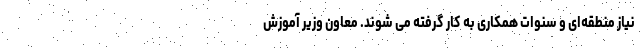
نیاز منطقه‌ای و سنوات همکاری به کار گرفته می شوند. معاون وزیر آموزش